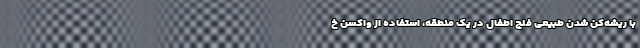
با ریشه‌کن شدنِ طبیعیِ فلج اطفال در یک منطقه، استفاده از واکسنِ خ